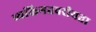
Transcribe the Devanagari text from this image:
व्यक्तिगतवरीयता